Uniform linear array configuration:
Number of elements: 32
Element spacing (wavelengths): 1
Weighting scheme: blackman
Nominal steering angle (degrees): -15
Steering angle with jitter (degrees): -13.918
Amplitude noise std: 0.05
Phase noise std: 0.05

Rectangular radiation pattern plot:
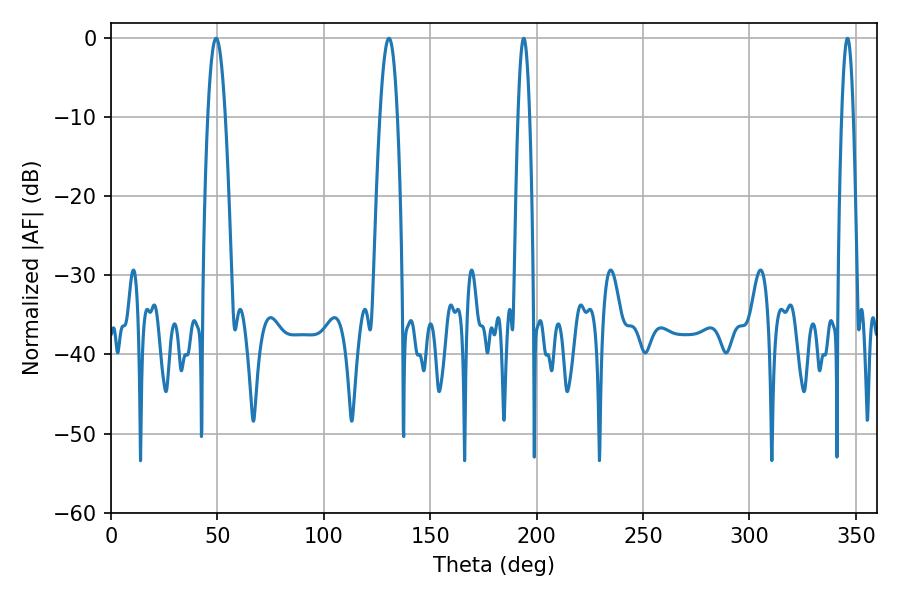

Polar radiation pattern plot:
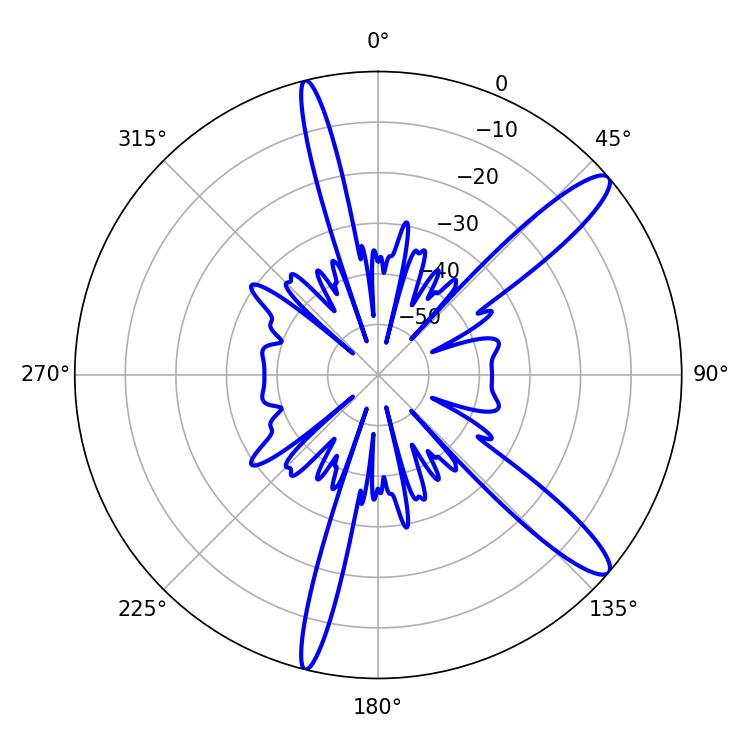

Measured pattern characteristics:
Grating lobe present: TRUE
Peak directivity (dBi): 12.912
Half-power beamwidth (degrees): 4.5
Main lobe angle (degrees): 49.32